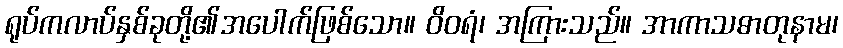
ရုပ်ကလာပ်နှစ်ခုတို့၏အပေါက်ဖြစ်သော။ ဝိဝရံ၊ အကြားသည်။ အာကာသဓာတုနာမ၊